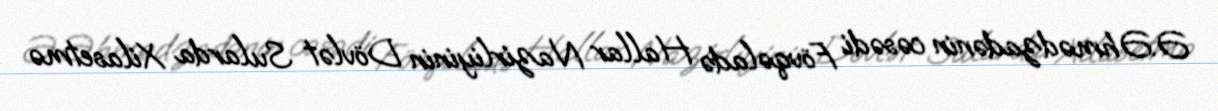
Ə.Əhmədzadənin cəsədi Fövqəladə Hallar Nazirliyinin Dövlət Sularda Xilasetmə